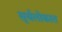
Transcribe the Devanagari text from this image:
सूर्यलोकात